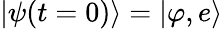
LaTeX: |\psi(t=0)\rangle=|\varphi,e\rangle